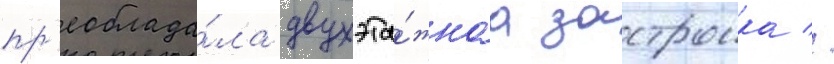
пр'еоблада́ла двухэта́жнаа застроика //